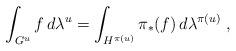
LaTeX: \begin{align*}\int_{G^u} f \, d\lambda^u = \int_{ H^{\pi(u)}} \pi_*(f) \, d\lambda^{\pi(u)} \; ,\end{align*}